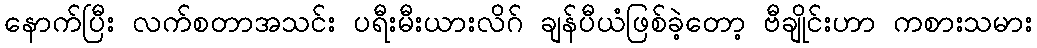
နောက်ပြီး လက်စတာအသင်း ပရီးမီးယားလိဂ် ချန်ပီယံဖြစ်ခဲ့တော့ ဗီချိုင်းဟာ ကစားသမား